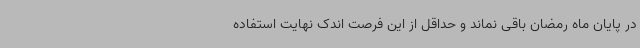
در پایان ماه رمضان باقی نماند و حداقل از این فرصت اندک نهایت استفاده